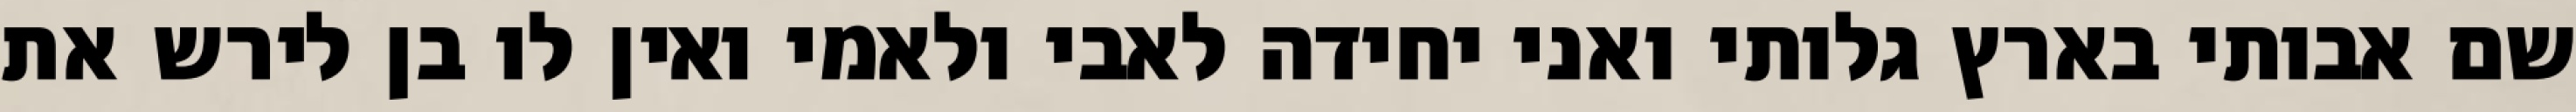
שם אבותי בארץ גלותי ואני יחידה לאבי ולאמי ואין לו בן לירש את